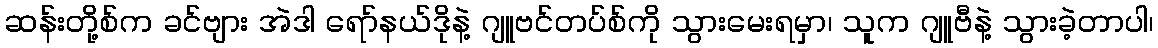
ဆန်းတို့စ်က ခင်ဗျား အဲဒါ ရော်နယ်ဒိုနဲ့ ဂျူဗင်တပ်စ်ကို သွားမေးရမှာ၊ သူက ဂျူဗီနဲ့ သွားခဲ့တာပါ၊